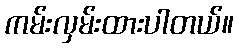
ကမ်းလှမ်းထားပါတယ်။